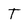
Character: T